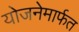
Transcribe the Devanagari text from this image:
योजनेमार्फत